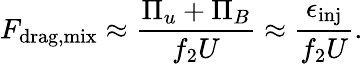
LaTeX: F_{\mathrm{drag,mix}}\approx\frac{\Pi_{u}+\Pi_{B}}{f_{2}U}\approx\frac{\epsilon_{\mathrm{inj}}}{f_{2}U}.